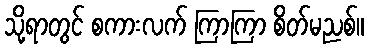
သို့ရာတွင် စကားလက် ကြာကြာ စိတ်မညစ်။